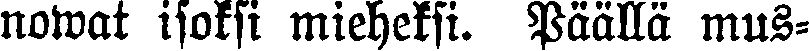
nowat isoksi mieheksi. Päällä mus-